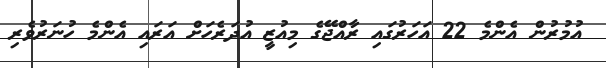
އުމުރުން އެންމެ 22 އަހަރުގައި ރާއްޖޭގެ މިއުޒީ އުދަރެހަށް އަރައި އެންމެ ހުނަރުވެރި